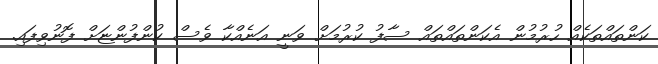
ކަންތައްތަކެއް ހުރުމުން އެކަންތައްތައް ސާފު ކުރުމަށް ވަނީ އަނެއްކާ ވެސް ކުންފުންޏަށް ފޮނުވިފައި.